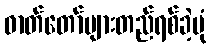
ဓာတ်တော်များတည်ရစ်ခဲ့ပုံ